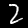
Label: 2